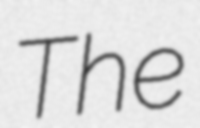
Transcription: The